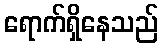
ရောက်ရှိနေသည်